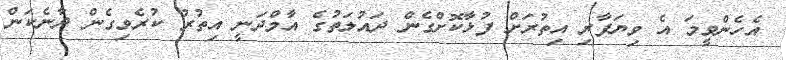
އެހެންވީމަ އެ ވިޔަފާރި އިތުރަށް ފުޅާކޮށްގެން ދައުލަތުގެ އާމްދަނީ އިތުރު ކުރެވިގެން ދާނެކަން